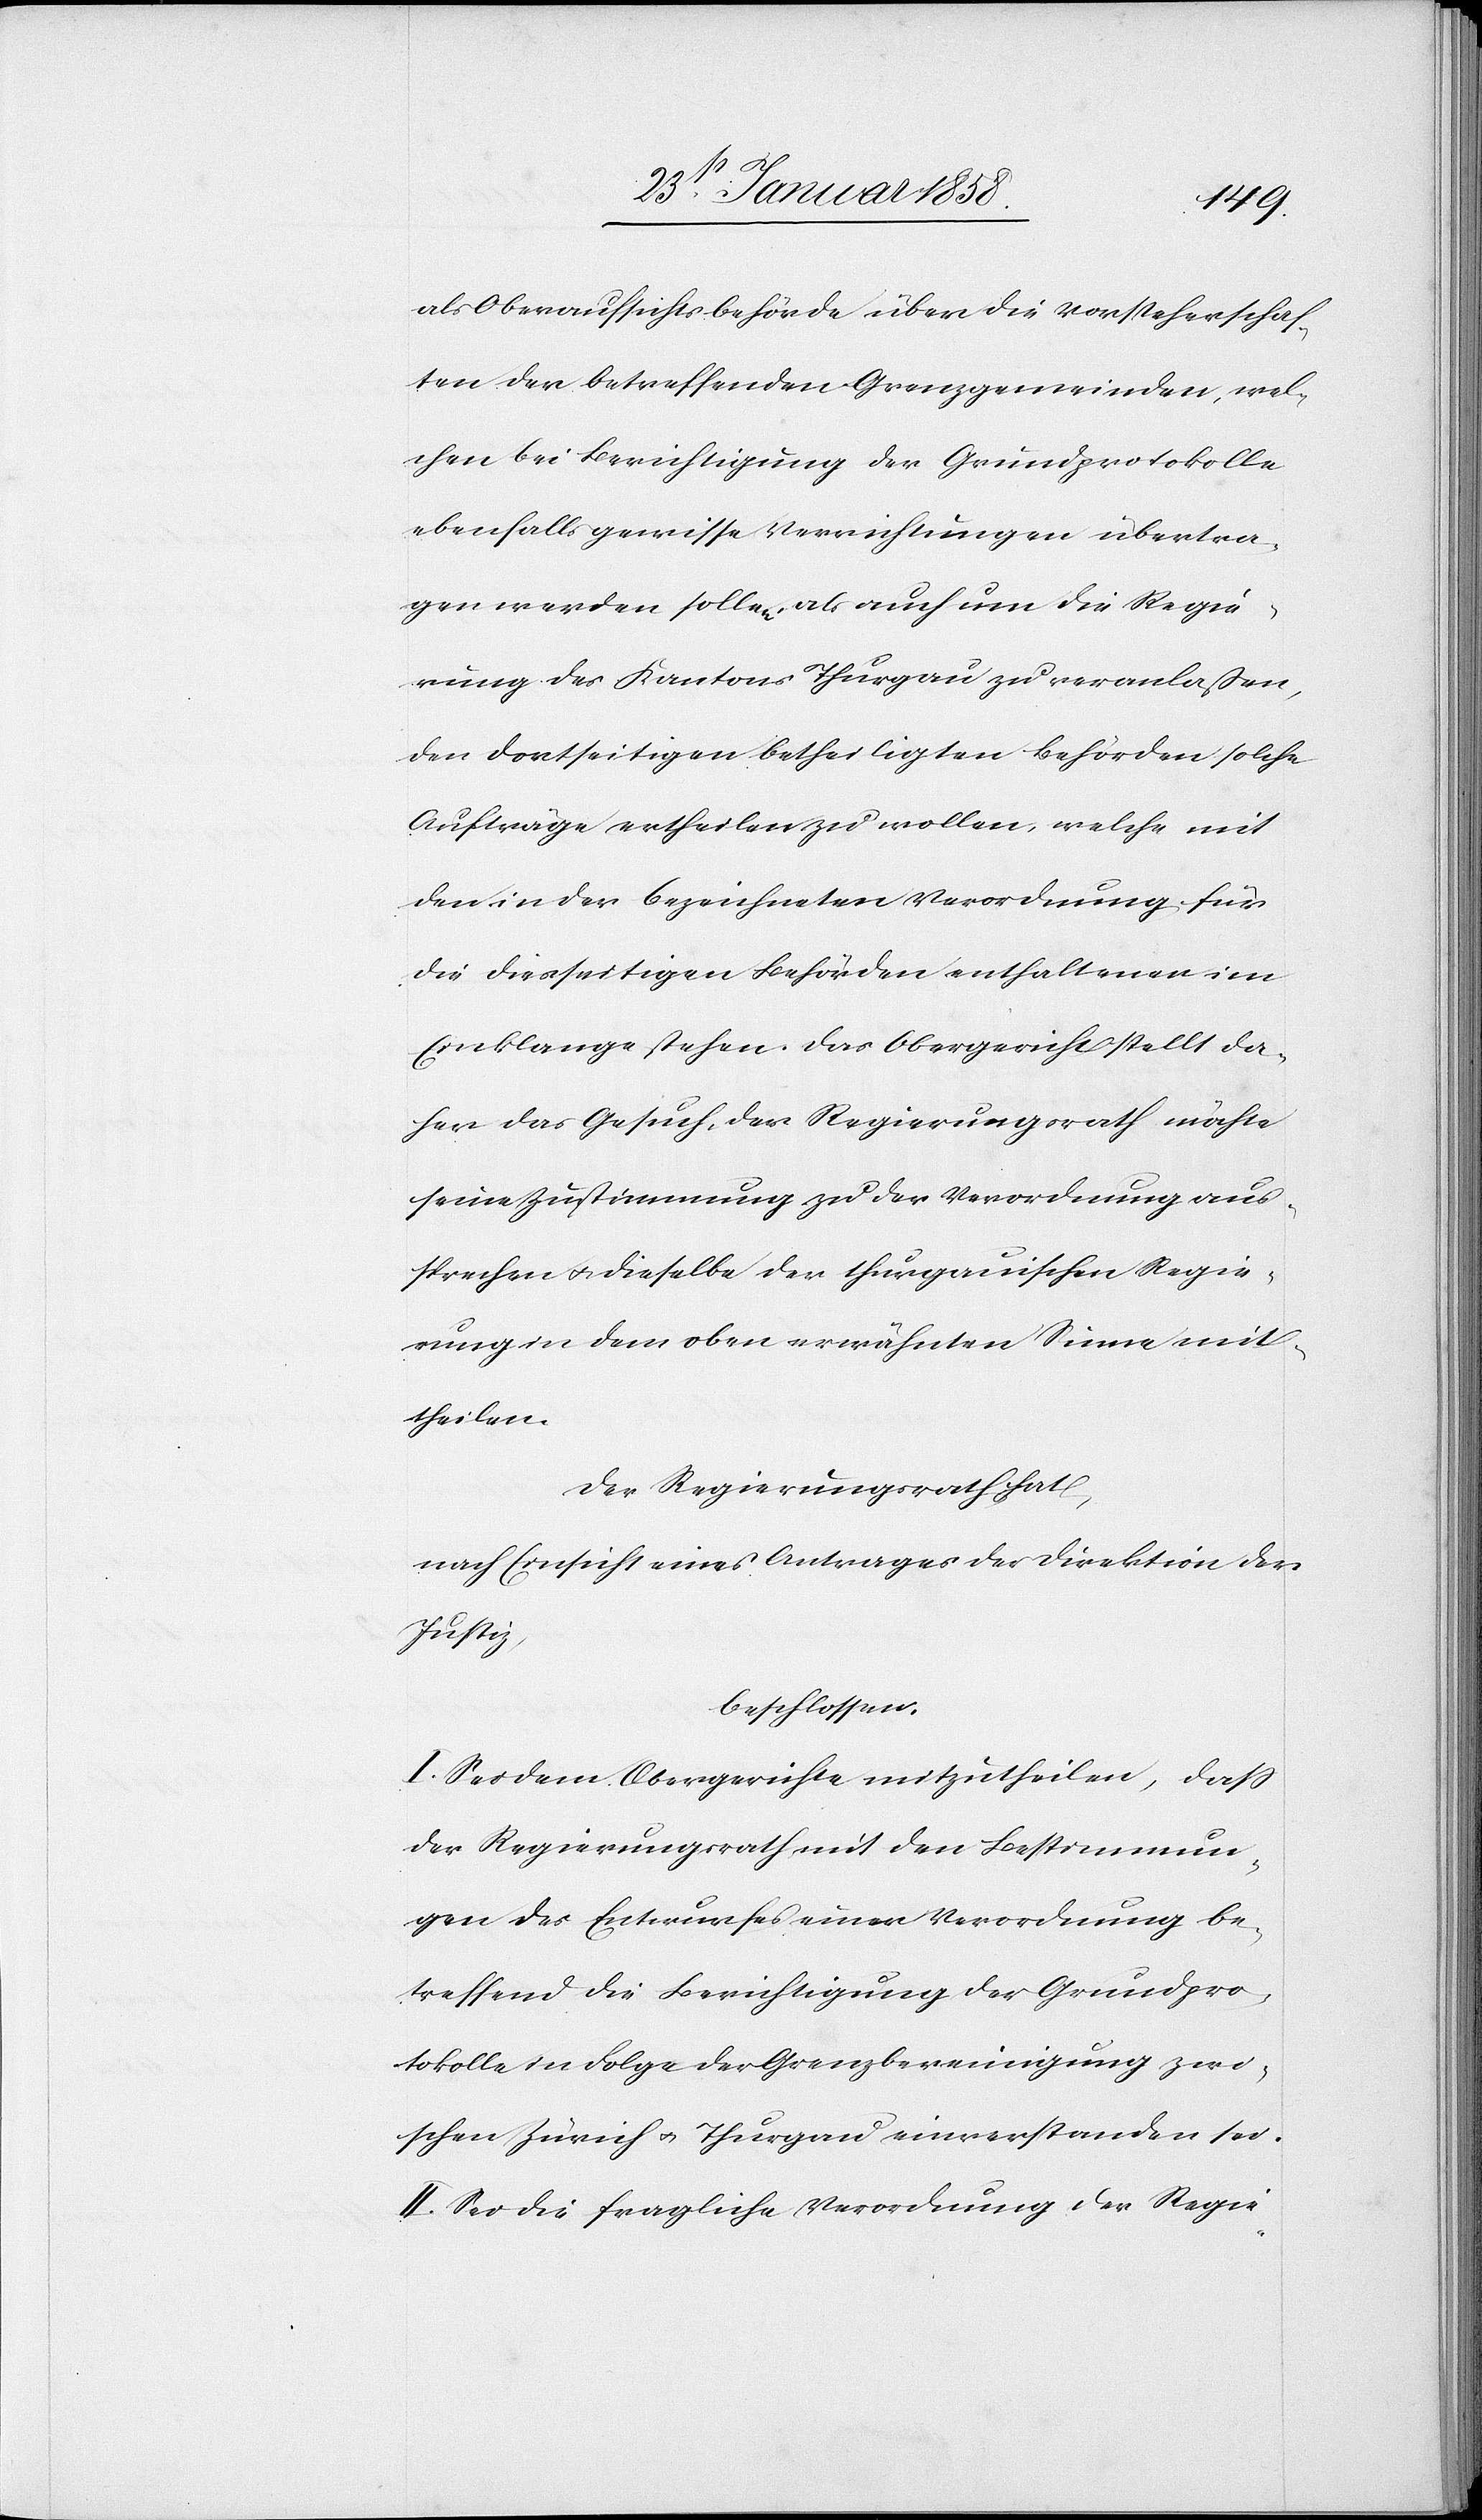
als Oberaufsichtsbehörde über die Vorsteherschaf¬
ten der betreffenden Grenzgemeinden, wel¬
chen bei Berichtigung der Grundprotokolle
ebenfalls gewisse Verrichtungen übertra¬
gen werden sollen, als auch um die Regie¬
rung des Kantons Thurgau zu veranlaßen,
den dortseitigen betheiligten Behörden solche
Aufträge ertheilen zu wollen, welche mit
den in der bezeichneten Verordnung für
die diesseitigen Behörden enthaltenen im
Einklange stehen. Das Obergericht stellt da¬
her das Gesuch, der Regierungsrath möchte
seine Zustimmung zu der Verordnung aus¬
sprechen u. dieselbe der thurgauischen Regie¬
rung in dem oben erwähnten Sinne mit¬
theilen.
Der Regierungsrath hat,
nach Einsicht eines Antrages der Direktion der
Justiz,
beschlossen:
I. Sei dem Obergerichte mitzutheilen, daß
der Regierungsrath mit den Bestimmun¬
gen des Entwurfes einer Verordnung be¬
treffend die Berichtigung der Grundpro¬
tokolle in Folge der Grenzbereinigung zwi¬
schen Zürich u. Thurgau einverstanden sei.
II. Sei die fragliche Verordnung der Regie-